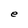
Character: e